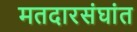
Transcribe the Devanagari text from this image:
मतदारसंघांत